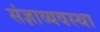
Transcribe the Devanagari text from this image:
संज्ञाव्यवस्था